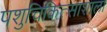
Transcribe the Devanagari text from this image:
पशुचिकित्साशाला